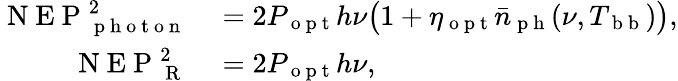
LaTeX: \begin{array}{rl}{\mathrm{~N~E~P~}_{\mathrm{~p~h~o~t~o~n~}}^{2}}&{{}=2P_{\mathrm{~o~p~t~}}h\nu\big(1+\eta_{\mathrm{~o~p~t~}}\bar{n}_{\mathrm{~p~h~}}(\nu,T_{\mathrm{~b~b~}})\big),}\\ {\mathrm{~N~E~P~}_{\mathrm{~R~}}^{2}}&{{}=2P_{\mathrm{~o~p~t~}}h\nu,}\end{array}